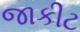
જાકીટ